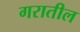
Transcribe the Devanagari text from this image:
गरातील